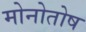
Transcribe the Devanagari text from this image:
मोनोतोष